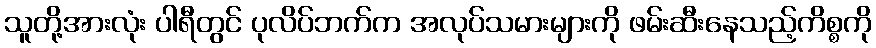
သူတို့အားလုံး ပါရီတွင် ပုလိပ်ဘက်က အလုပ်သမားများကို ဖမ်းဆီးနေသည့်ကိစ္စကို